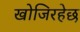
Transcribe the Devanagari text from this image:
खोजिरहेछ